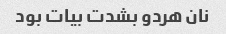
نان هردو بشدت بیات بود